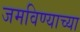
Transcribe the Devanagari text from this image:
जमविण्याच्या